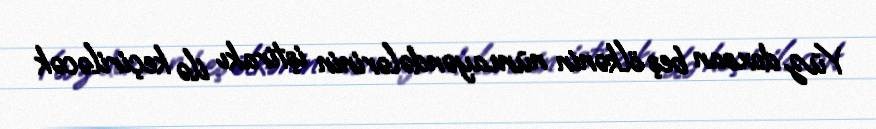
Yüz doxsan beş ölkənin nümayəndələrinin iştirakı ilə keçiriləcək